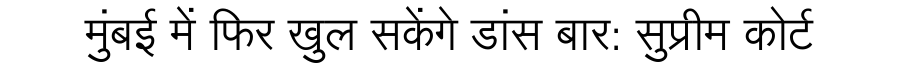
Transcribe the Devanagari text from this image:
मुंबई में फिर खुल सकेंगे डांस बार: सुप्रीम कोर्ट